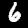
Label: 6